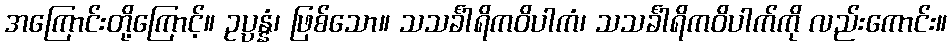
အကြောင်းတို့ကြောင့်။ ဥပ္ပန္နံ၊ ဖြစ်သော။ သသင်္ခါရိကဝိပါကံ၊ သသင်္ခါရိကဝိပါက်ကို လည်းကောင်း။